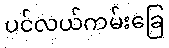
ပင်လယ်ကမ်းခြေ